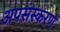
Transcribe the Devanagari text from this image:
अपसंस्करण